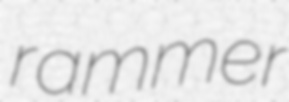
rammer